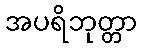
အပရိဘုတ္တာ